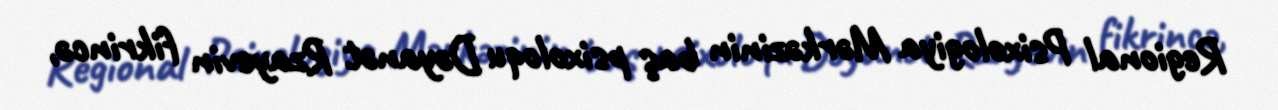
Regional Psixologiya Mərkəzinin baş psixoloqu Dəyanət Rzayevin fikrincə,